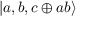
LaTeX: | a , b , c \oplus a b \rangle